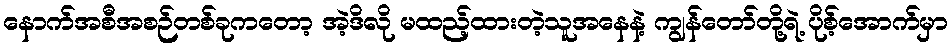
နောက်အစီအစဉ်တစ်ခုကတော့ အဲ့ဒိလို မထည့်ထားတဲ့သူအနေနဲ့ ကျွန်တော်တို့ရဲ့ ပိုစ့်အောက်မှာ